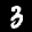
Label: 3